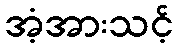
အံ့အားသင့်